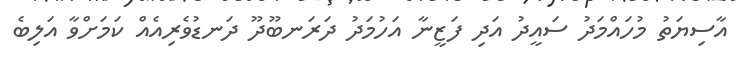
އާސިޔަތު މުހައްމަދު ސައީދު އަދި ފަޒީނާ އަހުމަދު ދަރަނބޫދޫ ދަނޑުވެރިއެއް ކަމަށްވާ އަލިބެ